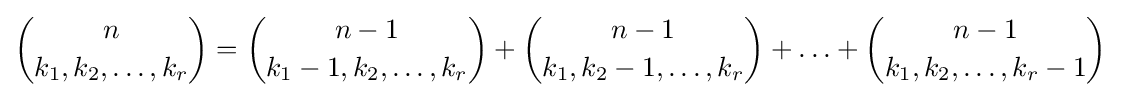
{n \choose k_{1},k_{2},\ldots ,k_{r}}={n-1 \choose k_{1}-1,k_{2},\ldots ,k_{r}}+{n-1 \choose k_{1},k_{2}-1,\ldots ,k_{r}}+\ldots +{n-1 \choose k_{1},k_{2},\ldots ,k_{r}-1}